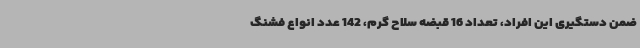
ضمن دستگیری این افراد، تعداد 16 قبضه سلاح گرم، 142 عدد انواع فشنگ